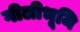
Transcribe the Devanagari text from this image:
गीलीभूमि